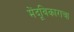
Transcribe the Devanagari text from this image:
मेंदूविकाराचा